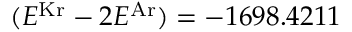
( E ^ { \mathrm { K r } } - 2 E ^ { \mathrm { A r } } ) = - 1 6 9 8 . 4 2 1 1